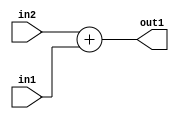
`timescale 1ps / 1ps
/*****************************************************************************
    Verilog RTL Description
    
    
    Created by: Stratus DpOpt 2019.1.01 
*******************************************************************************/

module pw_feature_addr_gen_Add_16Ux6U_16U_4 (
	in2,
	in1,
	out1
	); /* architecture "behavioural" */ 
input [15:0] in2;
input [5:0] in1;
output [15:0] out1;
wire [15:0] asc001;

assign asc001 = 
	+(in2)
	+(in1);

assign out1 = asc001;
endmodule

/* CADENCE  ubLyTQA= : u9/ySgnWtBlWxVPRXgAZ4Og= ** DO NOT EDIT THIS LINE ******/